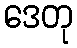
ဒေတု